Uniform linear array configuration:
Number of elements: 64
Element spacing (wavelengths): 1
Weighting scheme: hann
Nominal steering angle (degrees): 0
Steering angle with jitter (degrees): -0.8715
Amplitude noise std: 0.05
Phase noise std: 0.05

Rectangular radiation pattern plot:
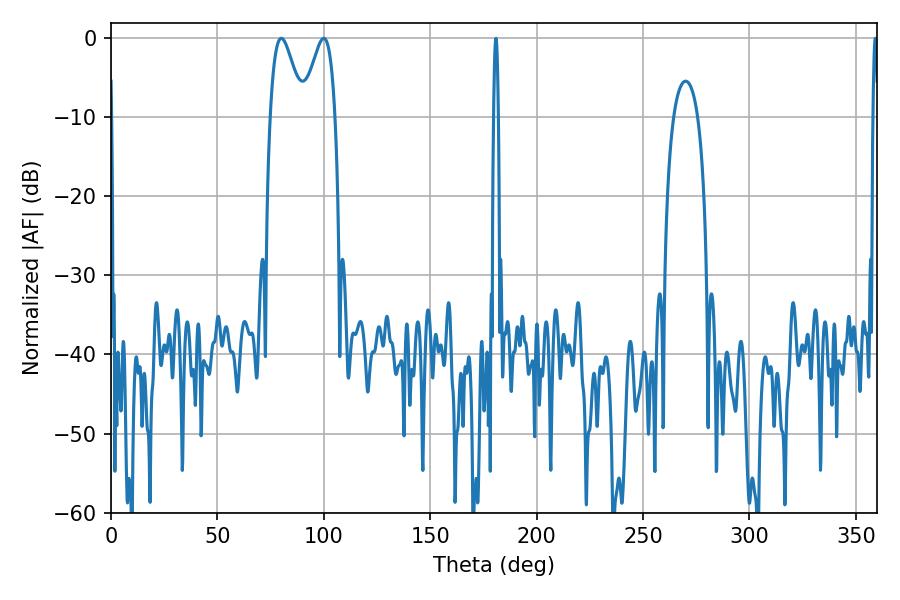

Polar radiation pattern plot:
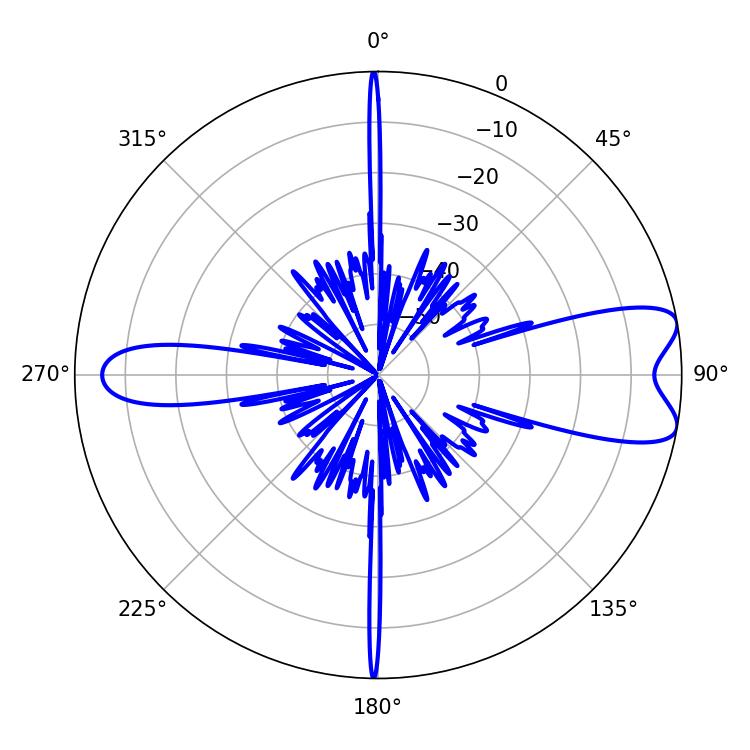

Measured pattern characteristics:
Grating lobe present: TRUE
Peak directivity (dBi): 8.826
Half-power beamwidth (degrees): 8.1
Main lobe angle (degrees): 99.9